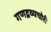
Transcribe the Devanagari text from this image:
गणद्रव्यचोरी